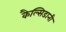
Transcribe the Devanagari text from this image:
कैल्सिडानी